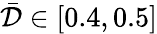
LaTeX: \bar{\mathcal{D}}\in[0.4,0.5]